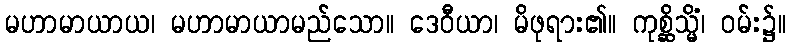
မဟာမာယာယ၊ မဟာမာယာမည်သော။ ဒေဝီယာ၊ မိဖုရား၏။ ကုစ္ဆိသ္မိံ၊ ဝမ်း၌။